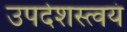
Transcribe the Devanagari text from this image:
उपदेशस्त्वयं